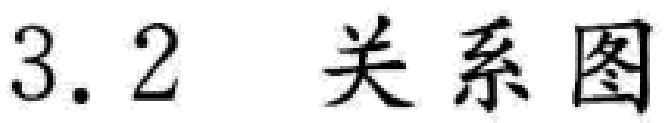
3.2 关系图